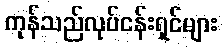
ကုန်သည်လုပ်ငန်းရှင်များ